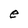
Character: e